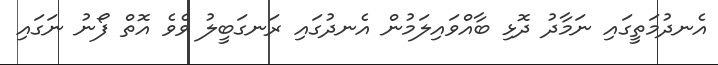
އެނދުމަތީގައި ނަމާދު ދޮޅި ބާއްވައިލަމުން އެނދުގައި ރަނގަބީލު ވެވެ އޮތް ފޯނު ނަގައި